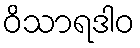
ဝိသာရဒါဝ